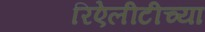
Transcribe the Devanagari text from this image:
रिऐलीटीच्या